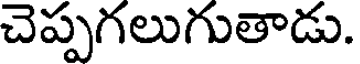
చెప్పగలుగుతాడు.